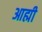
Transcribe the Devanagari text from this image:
आह्मी